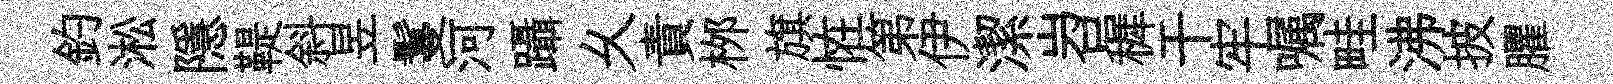
釣淞隱鞮斜昱鬘河躡乆責桞旗恠第伊潔岧穉干牢嘱畦沸披臞